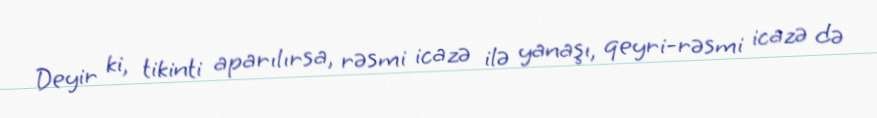
Deyir ki, tikinti aparılırsa, rəsmi icazə ilə yanaşı, qeyri-rəsmi icazə də